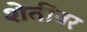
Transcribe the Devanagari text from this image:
शेतींवर